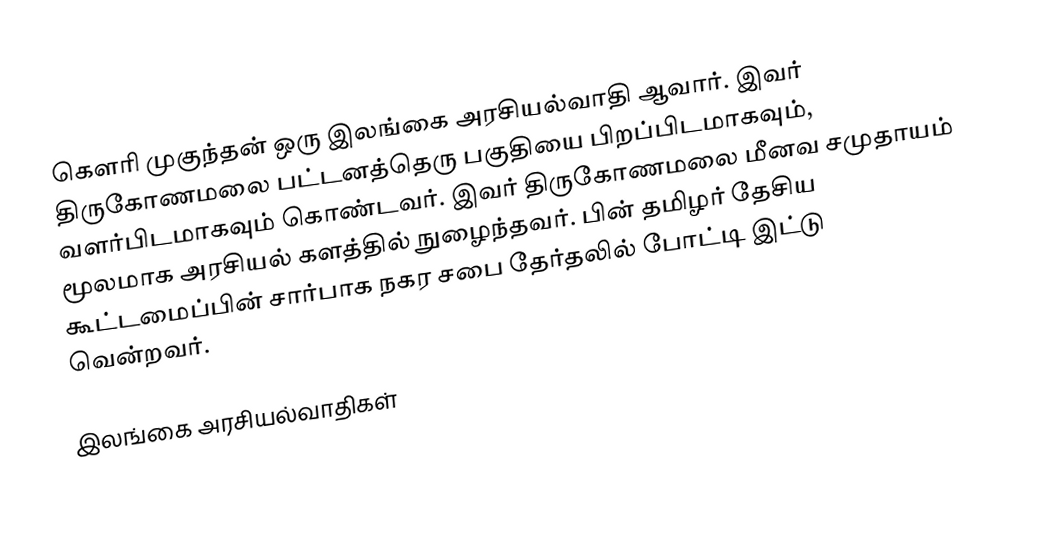
கௌரி முகுந்தன் ஒரு இலங்கை அரசியல்வாதி ஆவார்.  இவர் திருகோணமலை பட்டனத்தெரு பகுதியை பிறப்பிடமாகவும், வளர்பிடமாகவும் கொண்டவர். இவர் திருகோணமலை மீனவ சமுதாயம் மூலமாக அரசியல் களத்தில் நுழைந்தவர். பின் தமிழர் தேசிய கூட்டமைப்பின் சார்பாக நகர சபை தேர்தலில் போட்டி இட்டு வென்றவர்.

இலங்கை அரசியல்வாதிகள்